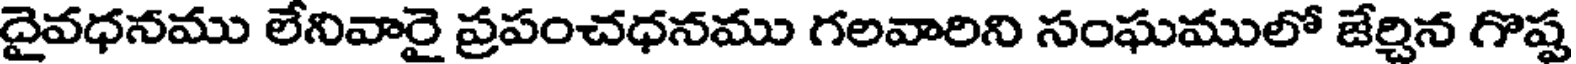
దైవధనము లేనివారై ప్రపంచధనము గలవారిని సంఘములో జేర్చిన గొష్ట